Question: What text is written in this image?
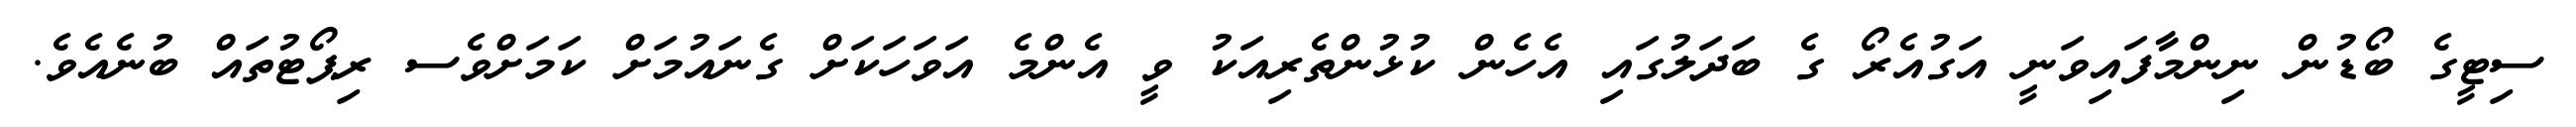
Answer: ސިޓީގެ ބޯޑުން ނިންމާފައިވަނީ އަގުއެރޯ ގެ ބަދަލުގައި އެހެން ކުޅުންތެރިއަކު ވީ އެންމެ އަވަހަކަށް ގެނައުމަށް ކަމަށްވެސ ރިޕޯޓުތައް ބުނެއެވެ.